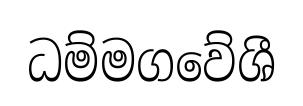
ධම්මගවේශී